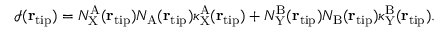
\begin{array} { r } { \mathcal { I } ( { \bf r } _ { \mathrm { t i p } } ) = N _ { \mathrm { X } } ^ { \mathrm { A } } ( { \bf r } _ { \mathrm { t i p } } ) N _ { \mathrm { A } } ( { \bf r } _ { \mathrm { t i p } } ) \kappa _ { \mathrm { X } } ^ { \mathrm { A } } ( { \bf r } _ { \mathrm { t i p } } ) + N _ { \mathrm { Y } } ^ { \mathrm { B } } ( { \bf r } _ { \mathrm { t i p } } ) N _ { \mathrm { B } } ( { \bf r } _ { \mathrm { t i p } } ) \kappa _ { \mathrm { Y } } ^ { \mathrm { B } } ( { \bf r } _ { \mathrm { t i p } } ) . } \end{array}